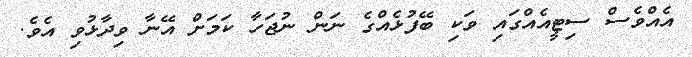
އެއްވެސް ސިޓީއެއްގައި ވަކި ބޭފުޅެއްގެ ނަން ނުޖަހާ ކަމަށް އޭނާ ވިދާޅުވި އެވެ.